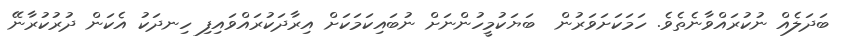
ބަދަލެއް ނުކުރައްވާނެތެވެ. ހަމަކަށަވަރުން  ބަޔަކުމީހުންނަށް ނުބައިކަމަކަށް އިރާދަކުރައްވައިފި ހިނދަކު އެކަން ދުރުކުރާނޭ